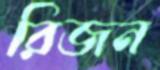
রিজন